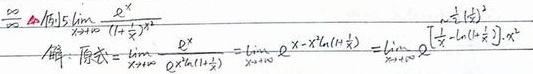
例15：求\(\lim\limits_{x \to +\infty} \frac{e^{x}}{(1 + \frac{1}{x})^{x^{2}}}\)。

解：原式\(=\lim\limits_{x \to +\infty} \frac{e^{x}}{e^{x^{2}\ln(1+\frac{1}{x})}}=\lim\limits_{x \to +\infty} e^{x - x^{2}\ln(1+\frac{1}{x})}=\lim\limits_{x \to +\infty} e^{\frac{1}{t}-\frac{1}{t^{2}}\ln(1 + t)}\cdot t^{2}\)（令\(t = \frac{1}{x}\)）